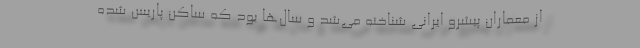
از معماران پیشرو ایرانی شناخته می‌شد و سال‌ها بود که ساکن پاریس شده